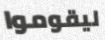
ليقوموا